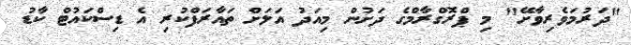
"ދަރުމަވެރިވާށޭ" މި ޕްރޮގްރާމްގެ ދަށުން މިއަދު އަލަށް ތައާރަފްކުރި އެ ޑިސްކައުޓް ކާޑު